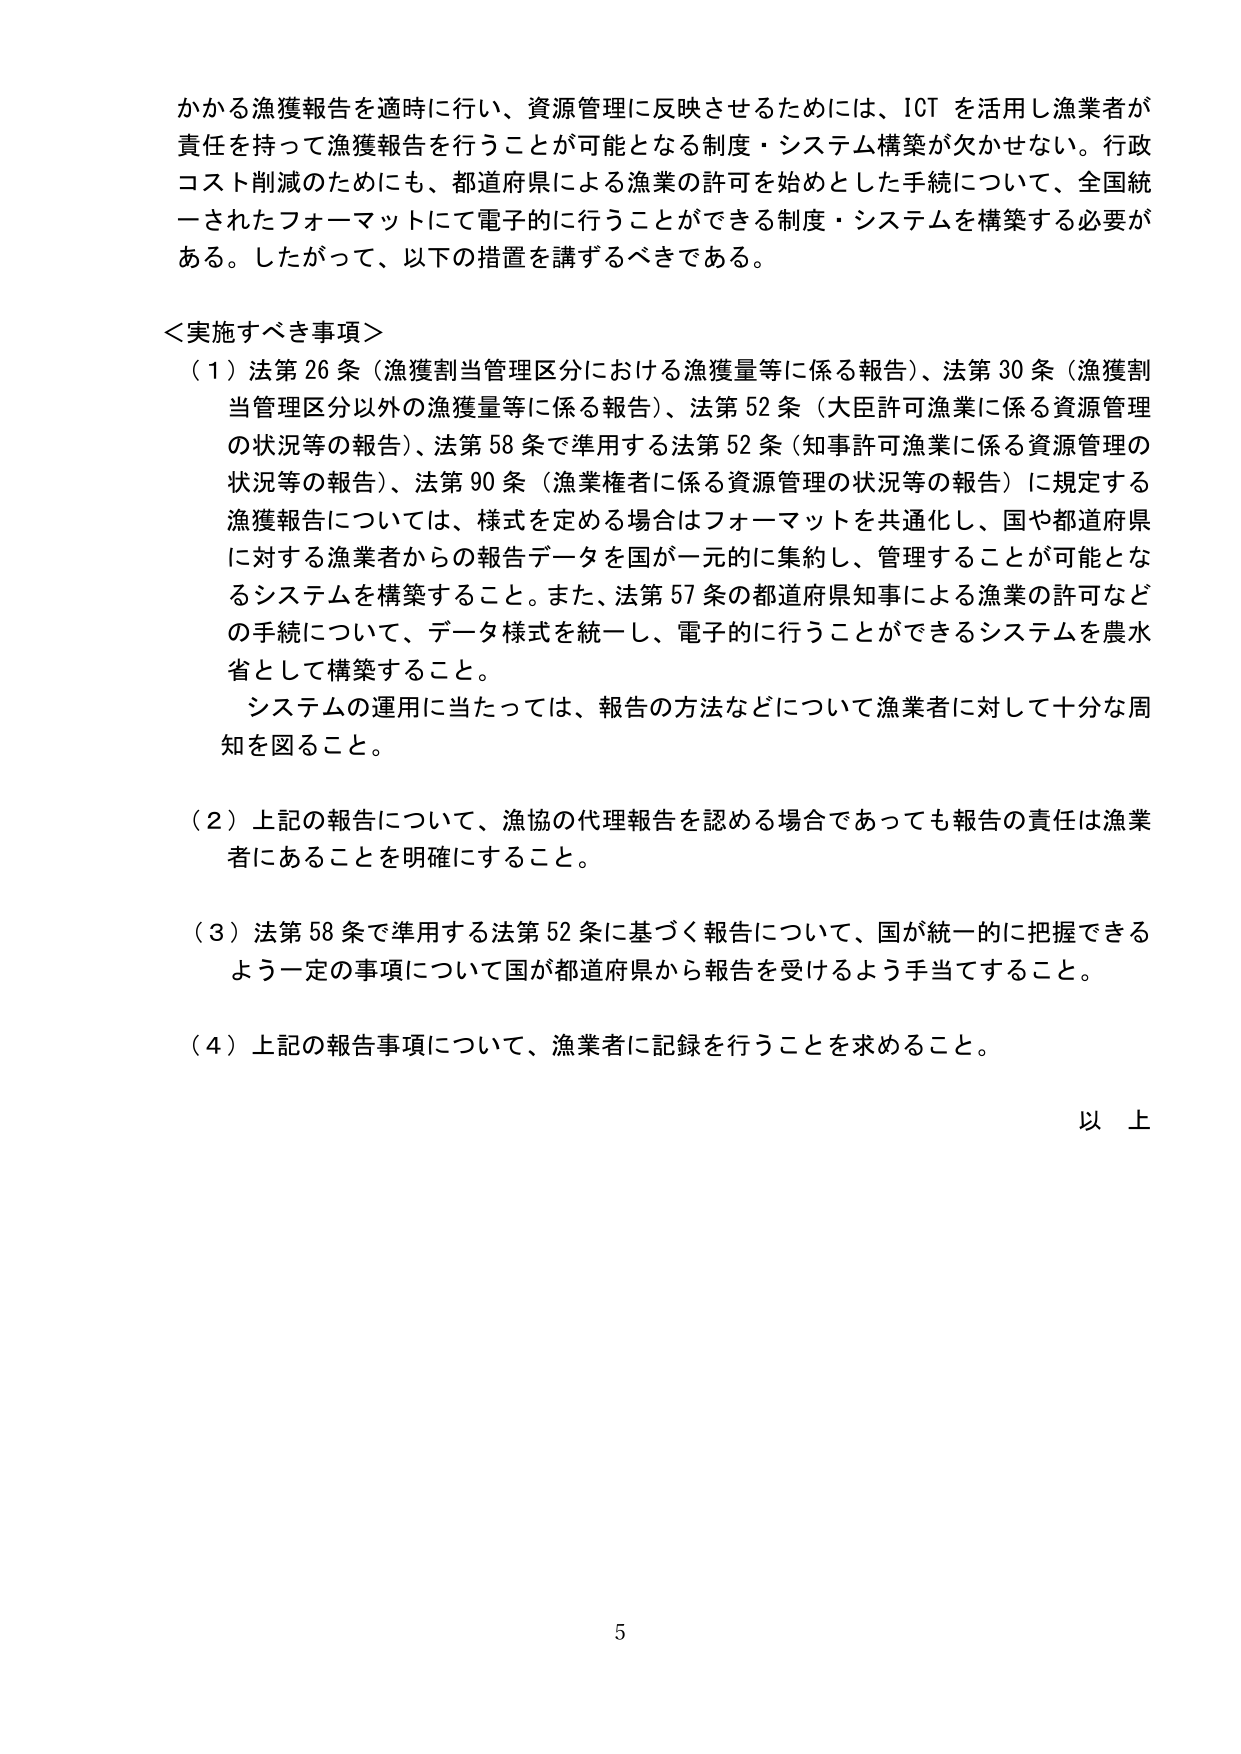
かかる漁獲報告を適時に行い、資源管理に反映させるためには、ICT を活用し漁業者が責任を持って漁獲報告を行うことが可能となる制度・システム構築が欠かせない。行政コスト削減のためにも、都道府県による漁業の許可を始めとした手続について、全国統一されたフォーマットにて電子的に行うことができる制度・システムを構築する必要がある。したがって、以下の措置を講ずるべきである。

＜実施すべき事項＞
（１）法第26条（漁獲割当管理区分における漁獲量等に係る報告）、法第30条（漁獲割当管理区分以外の漁獲量等に係る報告）、法第52条（大臣許可漁業に係る資源管理の状況等の報告）、法第58条で準用する法第52条（知事許可漁業に係る資源管理の状況等の報告）、法第90条（漁業権者に係る資源管理の状況等の報告）に規定する漁獲報告については、様式を定める場合はフォーマットを共通化し、国や都道府県に対する漁業者からの報告データを国が一元的に集約し、管理することが可能となるシステムを構築すること。また、法第57条の都道府県知事による漁業の許可などの手続について、データ様式を統一し、電子的に行うことができるシステムを農水省として構築すること。
　システムの運用に当たっては、報告の方法などについて漁業者に対して十分な周知を図ること。

（２）上記の報告について、漁協の代理報告を認める場合であっても報告の責任は漁業者にあることを明確にすること。

（３）法第58条で準用する法第52条に基づく報告について、国が統一的に把握できるよう一定の事項について国が都道府県から報告を受けるよう手当てすること。

（４）上記の報告事項について、漁業者に記録を行うことを求めること。

以上

5